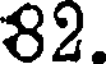
82.